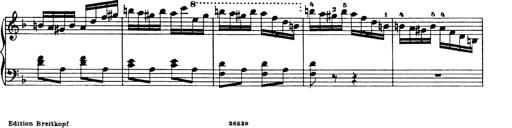
Title: Hungarian Rhapsody No.19
Composer: Franz Liszt
Key: D minor